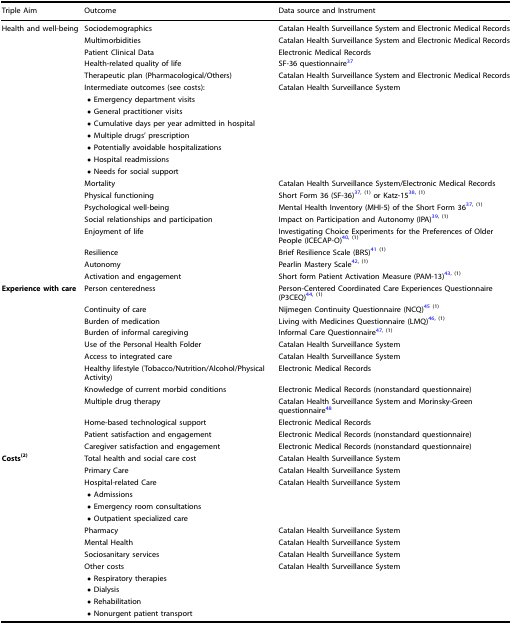
<table><thead><tr><td><b>Triple Aim</b></td><td><b>Outcome</b></td><td><b>Data source and Instrument</b></td></tr></thead><tbody><tr><td>Health and well-being</td><td>Sociodemographics</td><td>Catalan Health Surveillance System and Electronic Medical Records</td></tr><tr><td></td><td>Multimorbidities</td><td>Catalan Health Surveillance System and Electronic Medical Records</td></tr><tr><td></td><td>Patient Clinical Data</td><td>Electronic Medical Records</td></tr><tr><td></td><td>Health-related quality of life</td><td>SF-36 questionnaire<sup>37</sup></td></tr><tr><td></td><td>Therapeutic plan (Pharmacological/Others)</td><td>Catalan Health Surveillance System and Electronic Medical Records</td></tr><tr><td></td><td>Intermediate outcomes (see costs):</td><td>Catalan Health Surveillance System</td></tr><tr><td></td><td> • Emergency department visits</td><td></td></tr><tr><td></td><td> • General practitioner visits</td><td></td></tr><tr><td></td><td> • Cumulative days per year admitted in hospital</td><td></td></tr><tr><td></td><td> • Multiple drugs’ prescription</td><td></td></tr><tr><td></td><td> • Potentially avoidable hospitalizations</td><td></td></tr><tr><td></td><td> • Hospital readmissions</td><td></td></tr><tr><td></td><td> • Needs for social support</td><td></td></tr><tr><td></td><td>Mortality</td><td>Catalan Health Surveillance System/Electronic Medical Records</td></tr><tr><td></td><td>Physical functioning</td><td>Short Form 36 (SF-36)<sup>37</sup><sup>, (1)</sup> or Katz-15<sup>38</sup><sup>, (1)</sup></td></tr><tr><td></td><td>Psychological well-being</td><td>Mental Health Inventory (MHI-5) of the Short Form 36<sup>37</sup><sup>, (1)</sup></td></tr><tr><td></td><td>Social relationships and participation</td><td>Impact on Participation and Autonomy (IPA)<sup>39</sup><sup>, (1)</sup></td></tr><tr><td></td><td>Enjoyment of life</td><td>Investigating Choice Experiments for the Preferences of Older People (ICECAP-O)<sup>40</sup><sup>, (1)</sup></td></tr><tr><td></td><td>Resilience</td><td>Brief Resilience Scale (BRS)<sup>41</sup><sup>(1)</sup></td></tr><tr><td></td><td>Autonomy</td><td>Pearlin Mastery Scale<sup>42</sup><sup>, (1)</sup></td></tr><tr><td></td><td>Activation and engagement</td><td>Short form Patient Activation Measure (PAM-13)<sup>43</sup><sup>, (1)</sup></td></tr><tr><td><b>Experience with care</b></td><td>Person centeredness</td><td>Person-Centered Coordinated Care Experiences Questionnaire (P3CEQ)<sup>44</sup><sup>, (1)</sup></td></tr><tr><td></td><td>Continuity of care</td><td>Nijmegen Continuity Questionnaire (NCQ)<sup>45</sup><sup>(1)</sup></td></tr><tr><td></td><td>Burden of medication</td><td>Living with Medicines Questionnaire (LMQ)<sup>46</sup><sup>, (1)</sup></td></tr><tr><td></td><td>Burden of informal caregiving</td><td>Informal Care Questionnaire<sup>47</sup><sup>, (1)</sup></td></tr><tr><td></td><td>Use of the Personal Health Folder</td><td>Catalan Health Surveillance System</td></tr><tr><td></td><td>Access to integrated care</td><td>Catalan Health Surveillance System</td></tr><tr><td></td><td>Healthy lifestyle (Tobacco/Nutrition/Alcohol/Physical Activity)</td><td>Electronic Medical Records</td></tr><tr><td></td><td>Knowledge of current morbid conditions</td><td>Electronic Medical Records (nonstandard questionnaire)</td></tr><tr><td></td><td>Multiple drug therapy</td><td>Catalan Health Surveillance System and Morinsky-Green questionnaire<sup>48</sup></td></tr><tr><td></td><td>Home-based technological support</td><td>Electronic Medical Records</td></tr><tr><td></td><td>Patient satisfaction and engagement</td><td>Electronic Medical Records (nonstandard questionnaire)</td></tr><tr><td></td><td>Caregiver satisfaction and engagement</td><td>Electronic Medical Records (nonstandard questionnaire)</td></tr><tr><td><b>Costs</b><sup><b>(2)</b></sup></td><td>Total health and social care cost</td><td>Catalan Health Surveillance System</td></tr><tr><td></td><td>Primary Care</td><td>Catalan Health Surveillance System</td></tr><tr><td></td><td>Hospital-related Care</td><td>Catalan Health Surveillance System</td></tr><tr><td></td><td> • Admissions</td><td></td></tr><tr><td></td><td> • Emergency room consultations</td><td></td></tr><tr><td></td><td> • Outpatient specialized care</td><td></td></tr><tr><td></td><td>Pharmacy</td><td>Catalan Health Surveillance System</td></tr><tr><td></td><td>Mental Health</td><td>Catalan Health Surveillance System</td></tr><tr><td></td><td>Sociosanitary services</td><td>Catalan Health Surveillance System</td></tr><tr><td></td><td>Other costs</td><td>Catalan Health Surveillance System</td></tr><tr><td></td><td> • Respiratory therapies</td><td></td></tr><tr><td></td><td> • Dialysis</td><td></td></tr><tr><td></td><td> • Rehabilitation</td><td></td></tr><tr><td></td><td> • Nonurgent patient transport</td><td></td></tr></tbody></table>